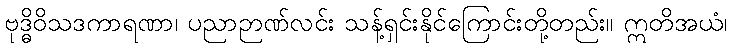
ဗုဒ္ဓိဝိသဒကာရဏာ၊ ပညာဉာဏ်လင်း သန့်ရှင်းနိုင်ကြောင်းတို့တည်း။ ဣတိအယံ၊